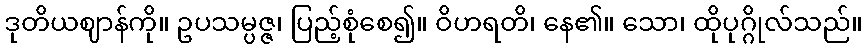
ဒုတိယဈာန်ကို။ ဥပသမ္ပဇ္ဇ၊ ပြည့်စုံစေ၍။ ဝိဟရတိ၊ နေ၏။ သော၊ ထိုပုဂ္ဂိုလ်သည်။